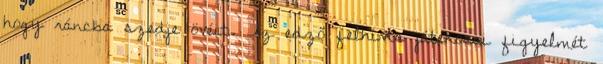
hogy ráncba szedje övéit. Az edző felhívta játékosai figyelmét